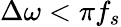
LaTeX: \Delta\omega<\pi f_{s}